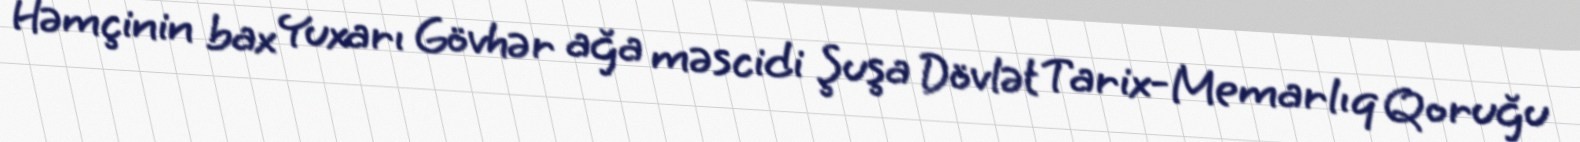
Həmçinin bax Yuxarı Gövhər ağa məscidi Şuşa Dövlət Tarix-Memarlıq Qoruğu